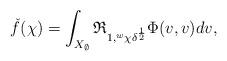
LaTeX: \begin{align*}\check f(\chi)= \int_{X_\emptyset} \mathfrak R_{1, {^w\chi} \delta^{\frac{1}{2}}} \Phi(v, v) dv,\end{align*}